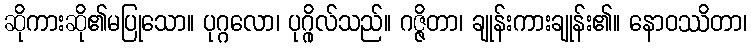
ဆိုကားဆို၏မပြုသော။ ပုဂ္ဂလော၊ ပုဂ္ဂိုလ်သည်။ ဂဇ္ဇိတာ၊ ချုန်းကားချုန်း၏။ နောဝဿိတာ၊